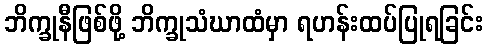
ဘိက္ခုနီဖြစ်ဖို့ ဘိက္ခုသံဃာထံမှာ ရဟန်းထပ်ပြုရခြင်း